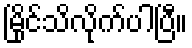
မြိုင်သိလိုက်ပါပြီ။